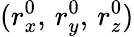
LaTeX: (r_{x}^{0},\, r_{y}^{0},\, r_{z}^{0})